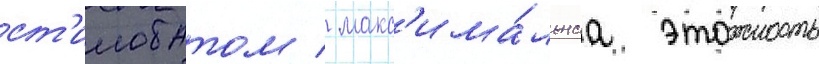
ст'илобатом / макс'има́льнаа этажность